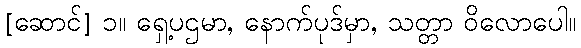
[ဆောင်] ၁။ ရှေ့ပဌမာ, နောက်ပုဒ်မှာ, သတ္တာ ဝိလောပေါ။